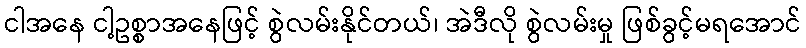
ငါအနေ ငါ့ဥစ္စာအနေဖြင့် စွဲလမ်းနိုင်တယ်၊ အဲဒီလို စွဲလမ်းမှု ဖြစ်ခွင့်မရအောင်